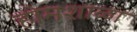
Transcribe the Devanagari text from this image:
होमशाळा